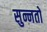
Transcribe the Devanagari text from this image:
सुन्नतों